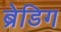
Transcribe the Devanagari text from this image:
ब्रेडिग